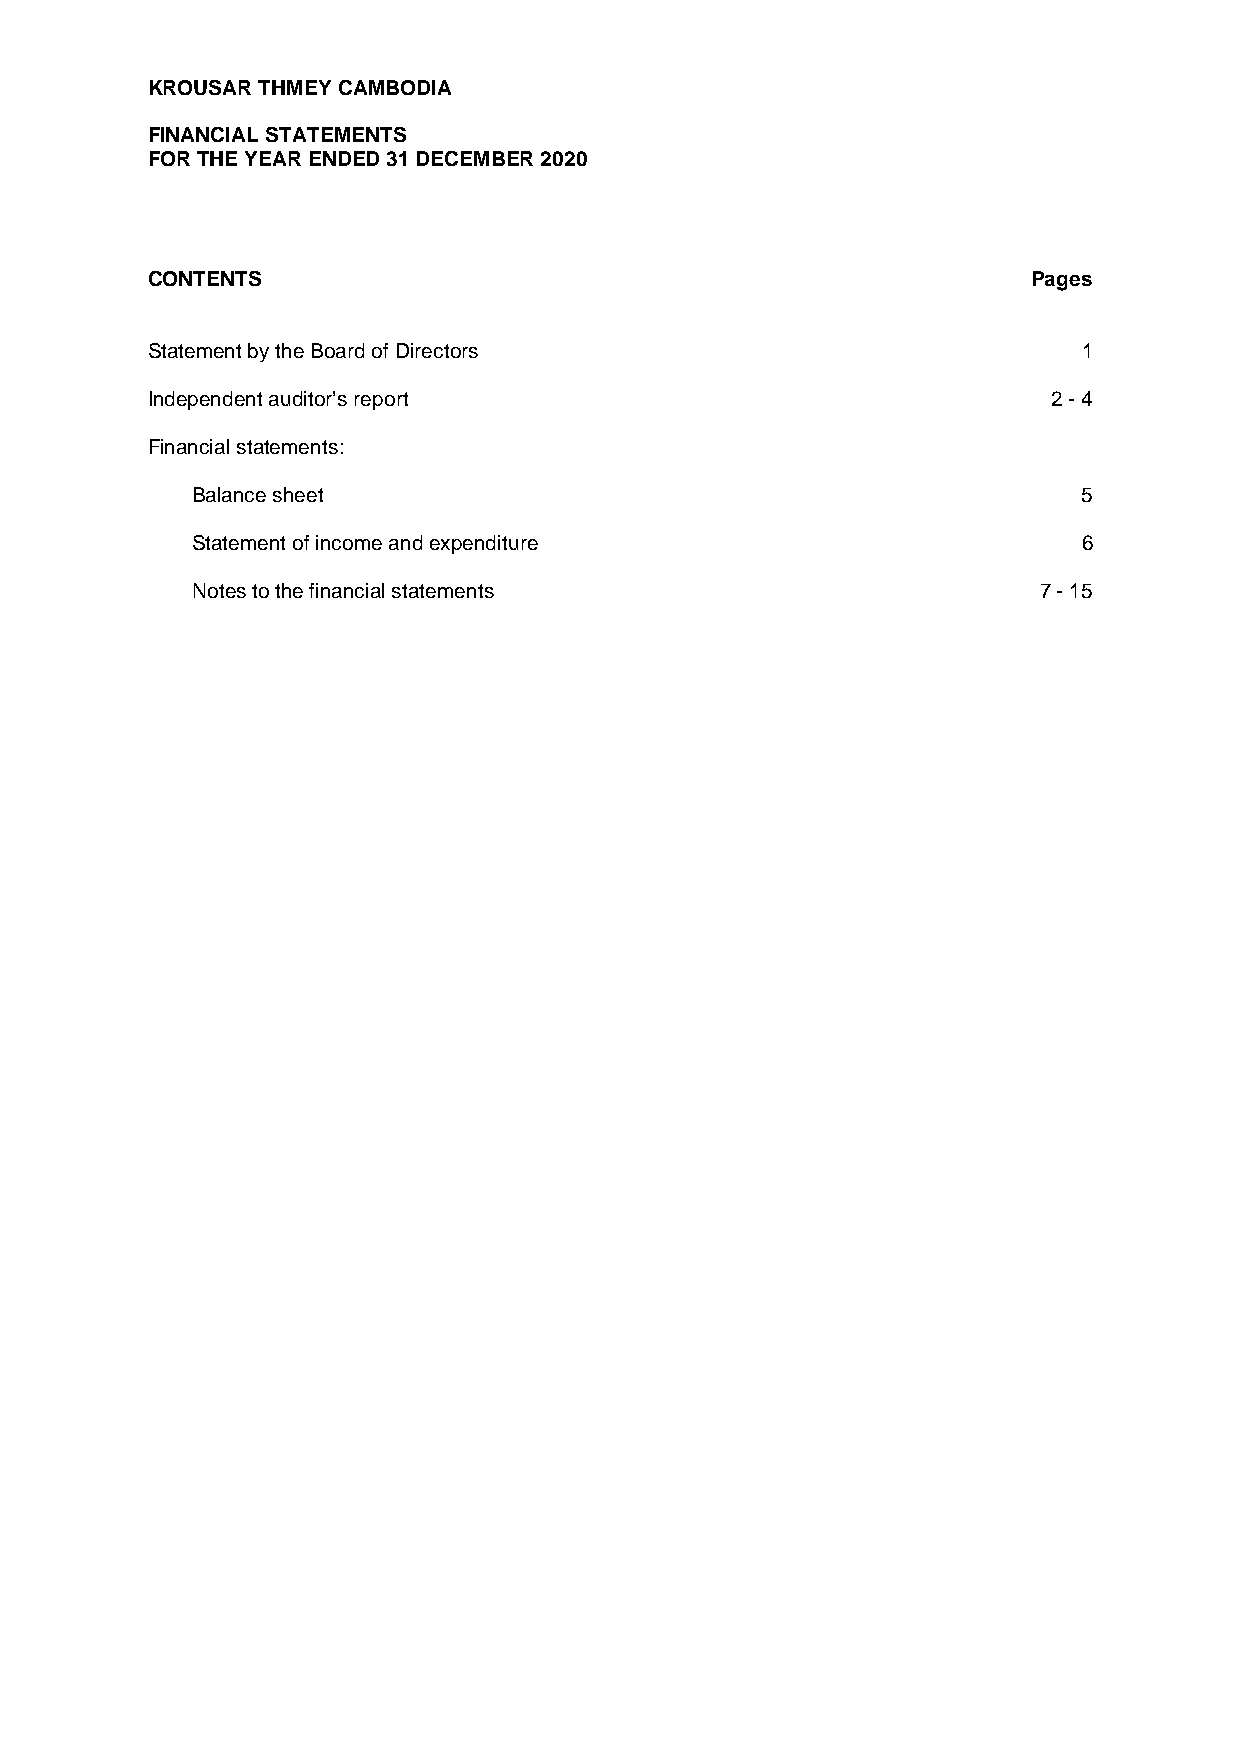
K ROUSAR THMEYCAMBODAI
 FNI ANCAI L STATEMENTS
 FOR THEYEAR ENDED31 DECEMBER 2020
 CONTENTS                                                  Pages
 StatementbytheBoardofDirectors                                1
 Independentauditor’sreport                                  2-4
 Financialstatements:
 Balancesheet                                               5
 Statementofincomeandexpenditure                            6
 Notestothefinancialstatements                           7-15